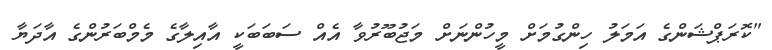
"ކޮރަޕްޝަންގެ އަމަލު ހިންގުމަށް މީހުންނަށް މަޖުބޫރުވާ އެއް ސަބަބަކީ އާއިލާގެ މެމްބަރުންގެ އާދަޔާ